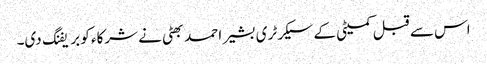
اس سے قبل کمیٹی کے سیکرٹری بشیر احمد بھٹی نے شرکاء کو بریفنگ دی۔